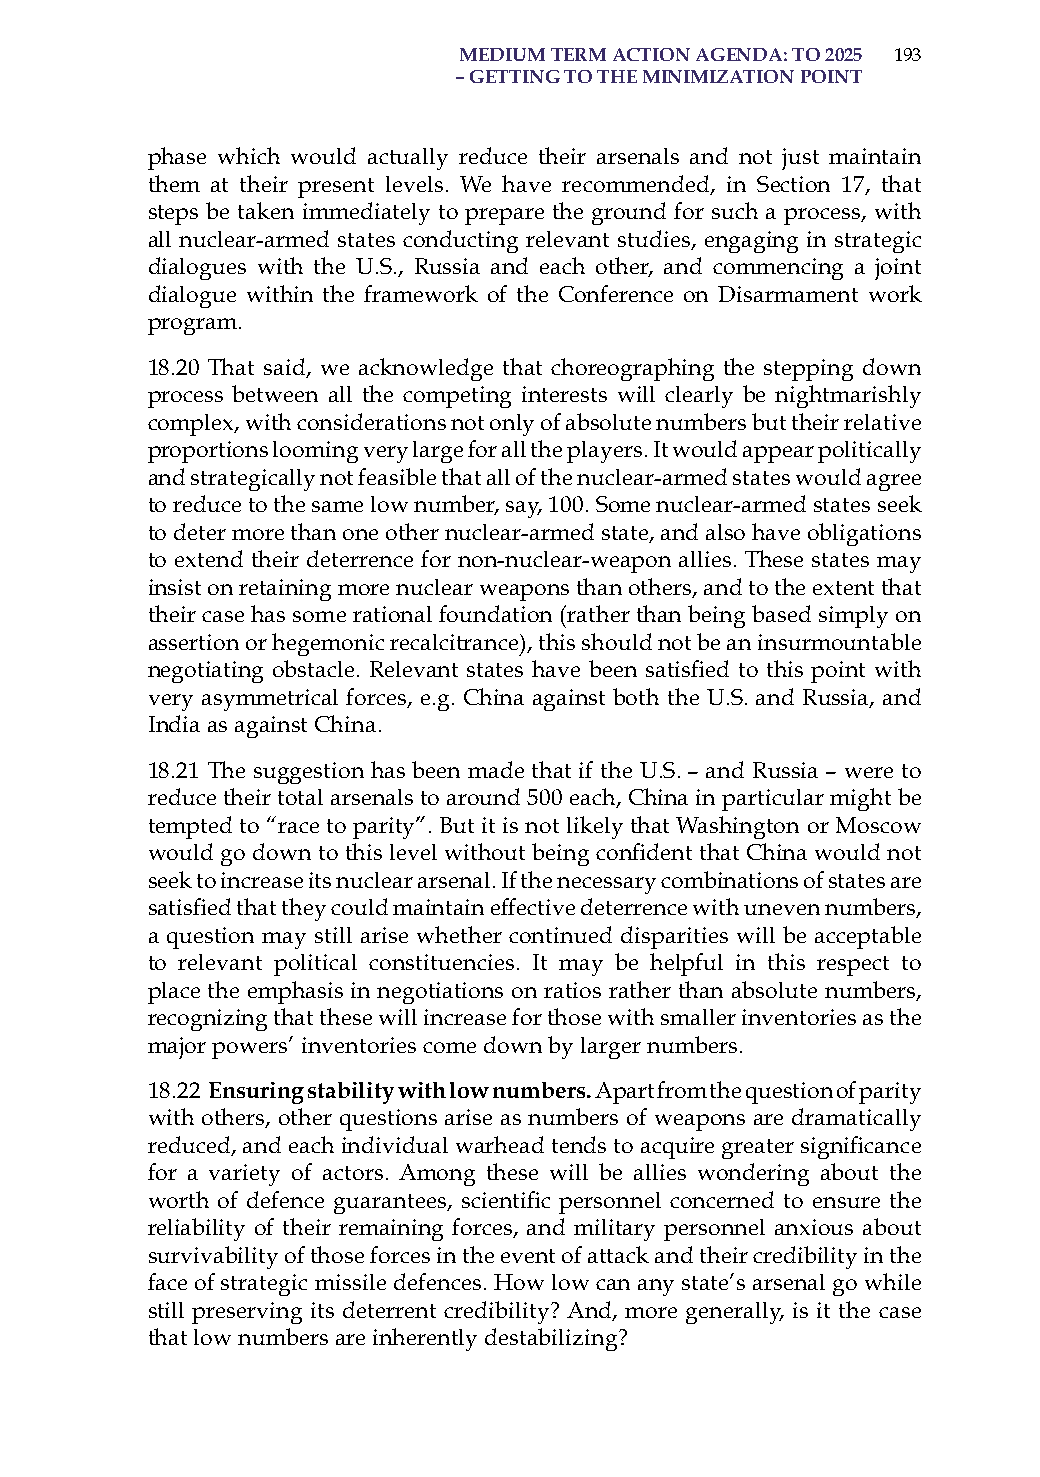
medium term action aGenda: to 2025 193
 – GettinG to the minimization Point
 phase which would actually reduce their arsenals and not just maintain
 them at their present levels. We have recommended, in section 17, that
 steps be taken immediately to prepare the ground for such a process, with
 all nuclear-armed states conducting relevant studies, engaging in strategic
 dialogues with the U.s., russia and each other, and commencing a joint
 dialogue within the framework of the Conference on Disarmament work
 program.
 18.20 That said, we acknowledge that choreographing the stepping down
 process between all the competing interests will clearly be nightmarishly
 complex, with considerations not only of absolute numbers but their relative
 proportions looming very large for all the players. it would appear politically
 and strategically not feasible that all of the nuclear-armed states would agree
 to reduce to the same low number, say, 100. some nuclear-armed states seek
 to deter more than one other nuclear-armed state, and also have obligations
 to extend their deterrence for non-nuclear-weapon allies. These states may
 insist on retaining more nuclear weapons than others, and to the extent that
 their case has some rational foundation (rather than being based simply on
 assertion or hegemonic recalcitrance), this should not be an insurmountable
 negotiating obstacle. Relevant states have been satisfied to this point with
 very asymmetrical forces, e.g. China against both the U.s. and russia, and
 india as against China.
 18.21 The suggestion has been made that if the U.s. – and russia – were to
 reduce their total arsenals to around 500 each, China in particular might be
 tempted to “race to parity”. But it is not likely that Washington or Moscow
 would go down to this level without being confident that China would not
 seek to increase its nuclear arsenal. if the necessary combinations of states are
 satisfied that they could maintain effective deterrence with uneven numbers,
 a question may still arise whether continued disparities will be acceptable
 to relevant political constituencies. it may be helpful in this respect to
 place the emphasis in negotiations on ratios rather than absolute numbers,
 recognizing that these will increase for those with smaller inventories as the
 major powers’ inventories come down by larger numbers.
 18.22 ensuring stability with low numbers. apart from the question of parity
 with others, other questions arise as numbers of weapons are dramatically
 reduced, and each individual warhead tends to acquire greater significance
 for a variety of actors. among these will be allies wondering about the
 worth of defence guarantees, scientific personnel concerned to ensure the
 reliability of their remaining forces, and military personnel anxious about
 survivability of those forces in the event of attack and their credibility in the
 face of strategic missile defences. how low can any state’s arsenal go while
 still preserving its deterrent credibility? and, more generally, is it the case
 that low numbers are inherently destabilizing?